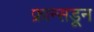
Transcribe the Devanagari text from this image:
फ्रान्सडून